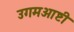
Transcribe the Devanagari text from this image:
उगमआष्टी